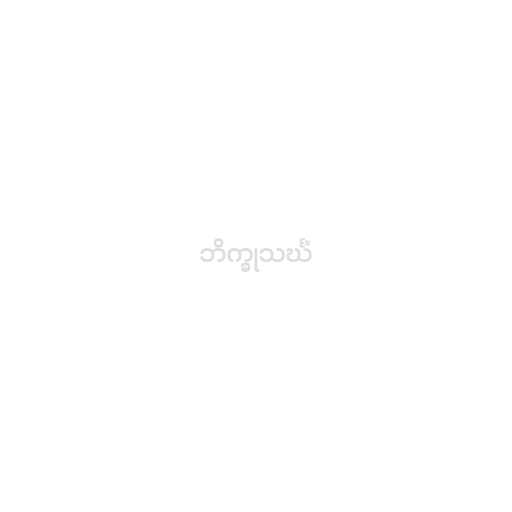
ဘိက္ခုသင်္ဃံ